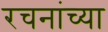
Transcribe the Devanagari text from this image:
रचनांच्या